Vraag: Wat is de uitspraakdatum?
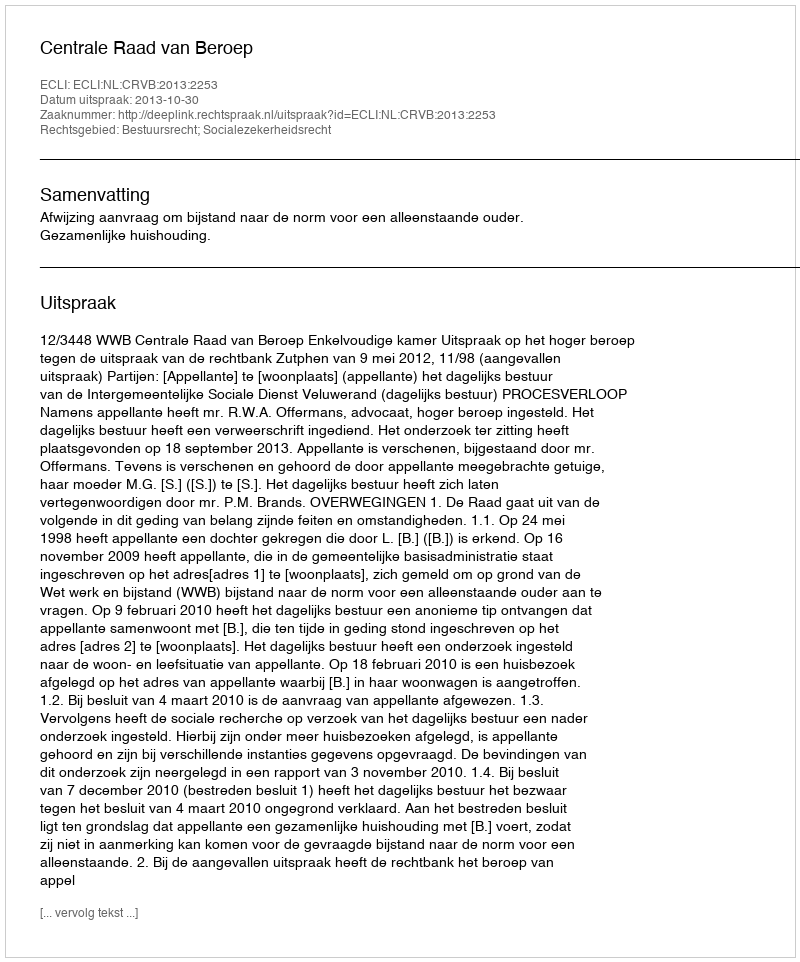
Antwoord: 2013-10-30